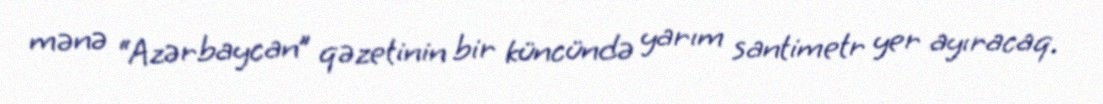
mənə “Azərbaycan” qəzetinin bir küncündə yarım santimetr yer ayıracaq.